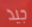
جيد